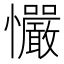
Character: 𢥴